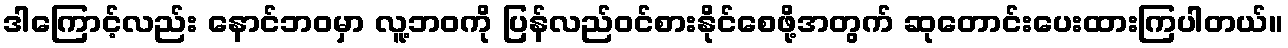
ဒါကြောင့်လည်း နောင်ဘဝမှာ လူ့ဘဝကို ပြန်လည်ဝင်စားနိုင်စေဖို့အတွက် ဆုတောင်းပေးထားကြပါတယ်။